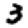
Digit: 3